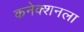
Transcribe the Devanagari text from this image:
कनेक्शनला